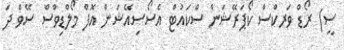
ސީ) ރޯޑް ވަރކްސް ކޯޕަރޭޝަން ސްކައުޓް އެސޯސިއޭޝަން އޮފް މޯލްޑިވްސް ސޭވް ދަ